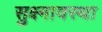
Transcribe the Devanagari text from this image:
सुक्ष्मावस्था